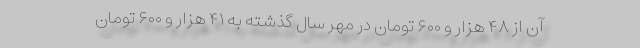
آن از ۴۸ هزار و ۶۰۰ تومان در مهر سال گذشته به ۴۱ هزار و ۶۰۰ تومان